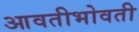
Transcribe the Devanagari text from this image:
आवतीभोवती